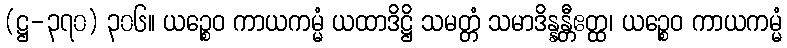
(ဋ္ဌ-၃၇၀) ၃၀၆။ ယဉ္စေဝ ကာယကမ္မံ ယထာဒိဋ္ဌိ သမတ္တံ သမာဒိန္နန္တီဧတ္ထ၊ ယဉ္စေဝ ကာယကမ္မံ